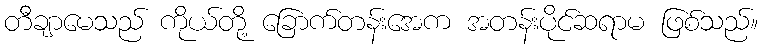
တီချာမေသည် ကိုယ်တို့ ခြောက်တန်းအေက အတန်းပိုင်ဆရာမ ဖြစ်သည်။